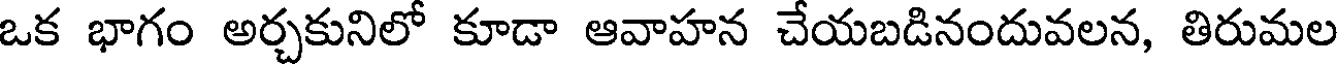
ఒక భాగం అర్చకునిలో కూడా ఆవాహన చేయబడినందువలన, తిరుమల